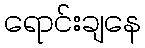
ရောင်းချနေ